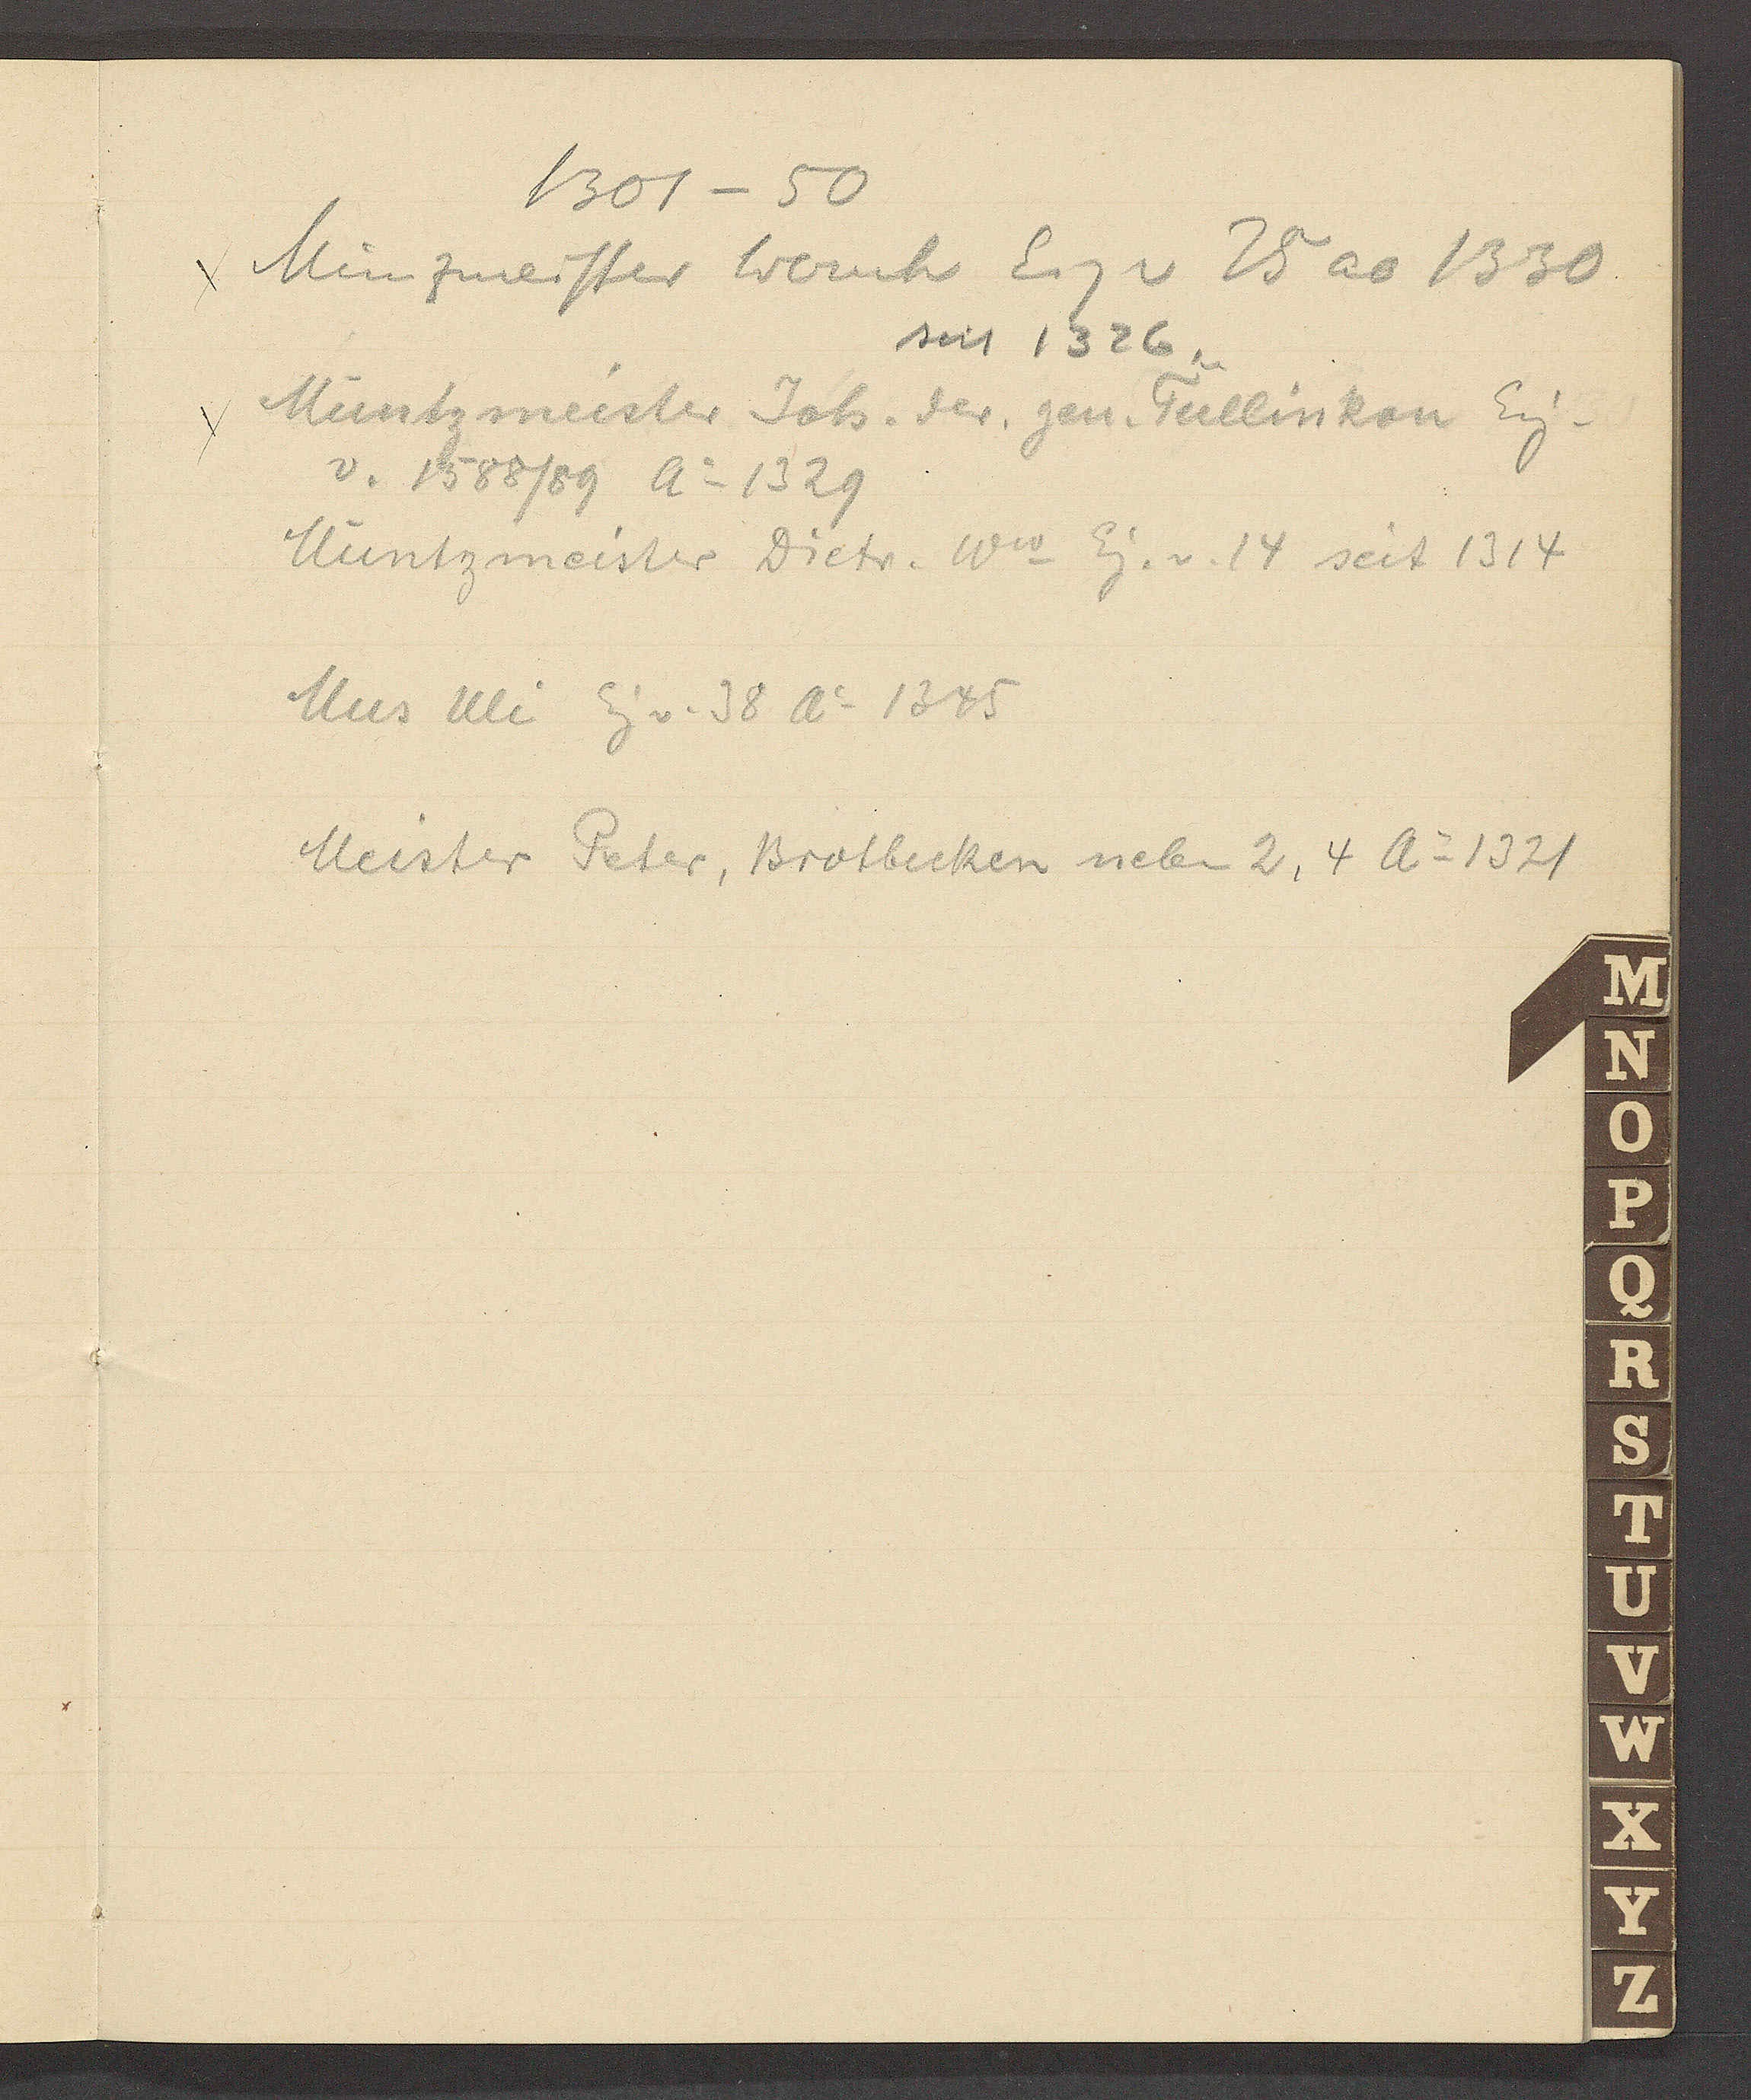
Transcript:
1301 – 50

Münzmeister Wernh Eig v 25 ao 1330
seit 1326.

Müntzmeister Joh. der. gen. Tüllinkon Eig.
v. 1588/89 Ao 1329

Müntzmeister Dietr. Ww Eig. v. 14 seit. 1314

Mus Uli Eig v. 38 Ao 1345

Meister Peter, Brotbecken neben 2, 4 Ao 1321